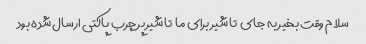
سلام وقت بخیر به جای  تا شیر برای ما  تا شیر پر چرب پاکتی ارسال شده بود